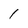
Character: 1